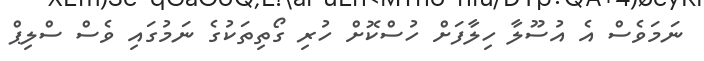
ނަމަވެސް އެ އުސޫލާ ހިލާފަށް ހުސްކޮށް ހުރި ގޯތިތަކުގެ ނަމުގައި ވެސް ސްލިޕް